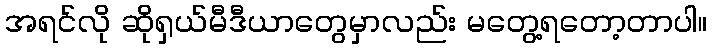
အရင်လို ဆိုရှယ်မီဒီယာတွေမှာလည်း မတွေ့ရတော့တာပါ။